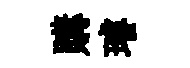
購璿